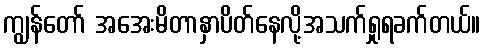
ကျွန်တော် အအေးမိတာနှာပိတ်နေလို့အသက်ရှုရခက်တယ်။